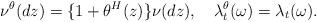
LaTeX: \begin{align*}\nu^{\theta}(dz)=\{1+\theta^H(z)\}\nu(dz),\quad\lambda^{\theta}_t(\omega)=\lambda_t(\omega).\end{align*}